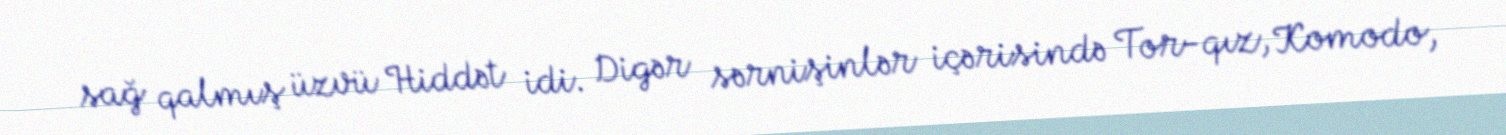
sağ qalmış üzvü Hiddət idi. Digər sərnişinlər içərisində Tor-qız, Komodo,